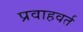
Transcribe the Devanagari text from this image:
प्रवाहवर्त